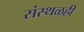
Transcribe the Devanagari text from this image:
संस्थळही